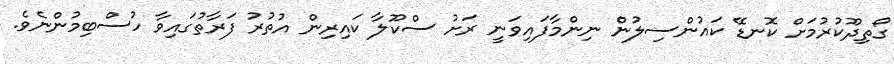
ގޯތިދޫކުރުމަށް ކޮނޑޭ ކައުންސިލުން ނިންމާފައިވަނީ ރަށު ސްކޫލާ ކައިރިން އުތުރު ފަރާތުގައިވާ ހުސްބިމުންނެވެ.